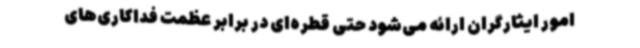
امور ایثارگران ارائه می‌شود حتی قطره‌ای در برابر عظمت فداکاری‌های